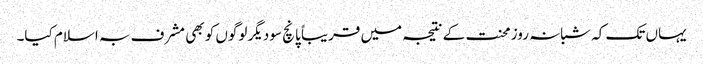
یہاں تک کہ شبانہ روز محنت کے نتیجہ میں قریباً پانچ سو دیگر لوگوں کو بھی مشرف بہ اسلام کیا۔